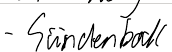
- Sündenball